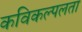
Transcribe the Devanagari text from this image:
कविकल्पलता